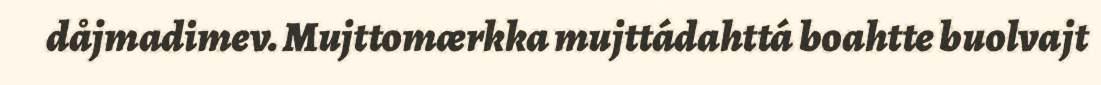
dåjmadimev. Mujttomærkka mujttádahttá boahtte buolvajt